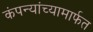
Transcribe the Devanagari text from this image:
कंपन्यांच्यामार्फत